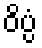
ဝိပ္ပံ